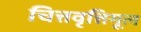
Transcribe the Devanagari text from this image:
चित्तवृत्तिमूल